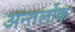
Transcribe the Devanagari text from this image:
अन्तर्लोक